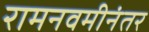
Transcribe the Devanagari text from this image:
रामनवमीनंतर